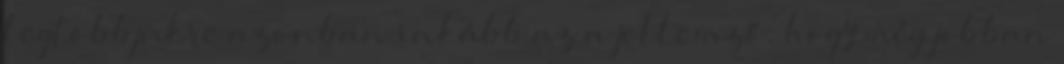
legtöbbjükre azonban inkább az a jellemző, hogy még jobban